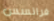
فرانسس